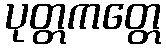
ပုတ္တကတ္တေ